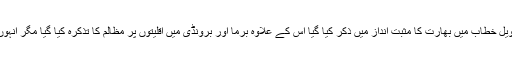
اس طرح امریکی صدر کے طویل خطاب میں بھارت کا مثبت انداز میں ذکر کیا گیا اس کے علاوہ برما اور برونڈی میں اقلیتوں پر مظالم کا تذکرہ کیا گیا مگر انہوں نے کشمیر کا نام تک نہیں لیا۔